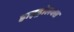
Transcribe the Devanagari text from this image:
हाइड्रोलक्स